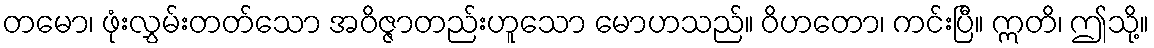
တမော၊ ဖုံးလွှမ်းတတ်သော အဝိဇ္ဇာတည်းဟူသော မောဟသည်။ ဝိဟတော၊ ကင်းပြီ။ ဣတိ၊ ဤသို့။